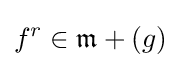
f^{r}\in {\mathfrak {m}}+(g)